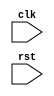
module behavioral_modeling_block (
    input wire clk,
    input wire rst,
    // other input/output ports
);

reg q;

always @(posedge clk or negedge rst) begin
    if (~rst) begin
        // Reset logic
        q <= 0;
    end else begin
        // Desired behavior logic
        // Specify your desired behavior here
    end
end

// Rest of the module implementation

endmodule